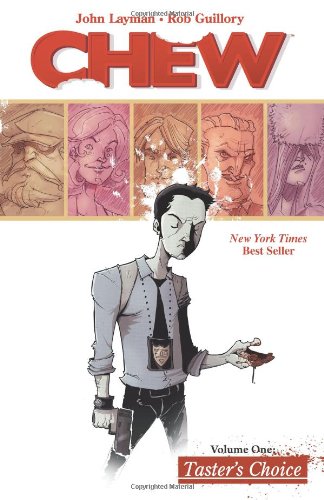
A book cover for Chew Volume 1: Tasters Choice; John Layman; Comics & Graphic Novels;